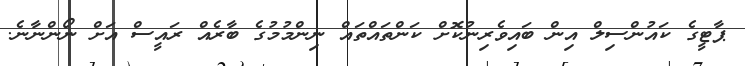
ޕާޓީގެ ކައުންސިލް އިން ބައިވެރިނުކޮށް ކަންތައްތައް ނިންމުމުގެ ބާރެއް ރައީސް އަށް ނޯންނާނެ.